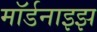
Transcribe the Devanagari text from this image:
मॉर्डनाइझ